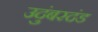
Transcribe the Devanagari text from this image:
उदुंबरदंड